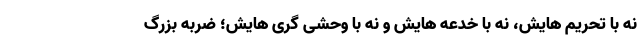
نه با تحریم هایش، نه با خدعه هایش و نه با وحشی گری هایش؛ ضربه بزرگ